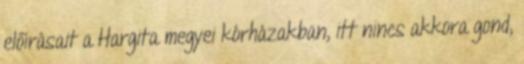
előírásait a Hargita megyei kórházakban, itt nincs akkora gond,